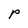
Character: p